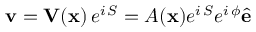
{ \mathbf { v } } = \mathbf { V } ( \mathbf { x } ) \, e ^ { i \, S } = A ( \mathbf { x } ) e ^ { i \, S } e ^ { i \, \phi } \hat { \mathbf { e } }